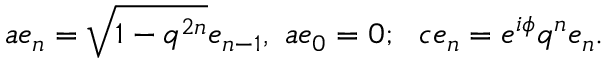
a e _ { n } = \sqrt { 1 - q ^ { 2 n } } e _ { n - 1 } , ~ a e _ { 0 } = 0 ; ~ ~ c e _ { n } = e ^ { i \phi } q ^ { n } e _ { n } .